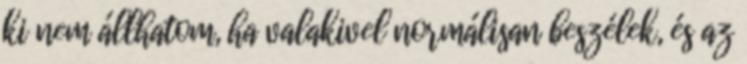
ki nem állhatom, ha valakivel normálisan beszélek, és az